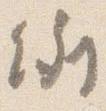
例